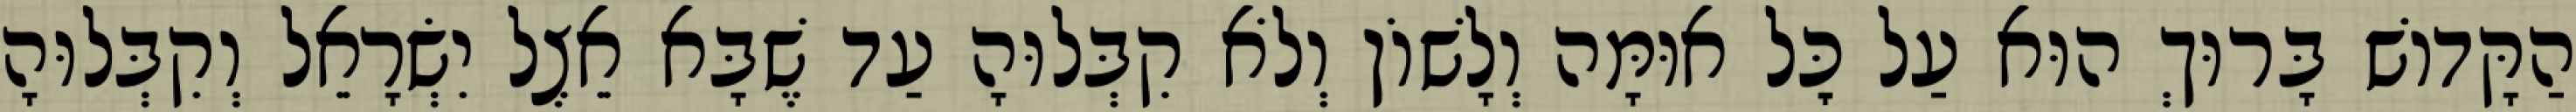
הַקָּדוֹשׁ בָּרוּךְ הוּא עַל כׇּל אוּמָּה וְלָשׁוֹן וְלֹא קִבְּלוּהָ עַד שֶׁבָּא אֵצֶל יִשְׂרָאֵל וְקִבְּלוּהָ